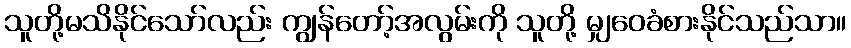
သူတို့မသိနိုင်သော်လည်း ကျွန်တော့်အလွမ်းကို သူတို့ မျှဝေခံစားနိုင်သည်သာ။